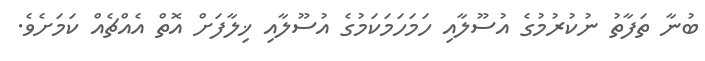
ބުނާ ތަފާތު ނުކުރުމުގެ އުސޫލާއި ހަމަހަމަކަމުގެ އުސޫލާއި ޚިލާފަށް އޮތް އެއްޗެއް ކަމަށެވެ.